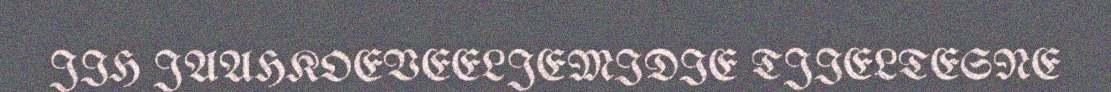
JIH JAAHKOEVEELJEMIDIE TJIELTESNE